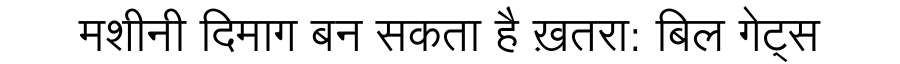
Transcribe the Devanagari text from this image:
मशीनी दिमाग बन सकता है ख़तरा: बिल गेट्स